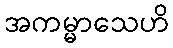
အကမ္မာသေဟိ